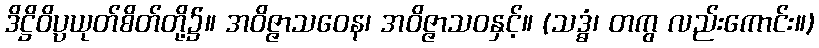
ဒိဋ္ဌိဝိပ္ပယုတ်စိတ်တို့၌။ အဝိဇ္ဇာသဝေန၊ အဝိဇ္ဇာသဝနှင့်။ (သဒ္ဓံ၊ တကွ လည်းကောင်း။)